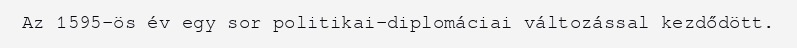
Az 1595-ös év egy sor politikai-diplomáciai változással kezdődött.